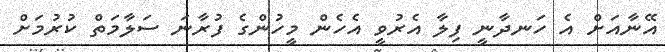
އޭނާއަށް އެ ހަނދާނީ ފިލާ އެރުވީ އެހެން މީހުންގެ ފުރާނަ ސަލާމަތް ކުރުމަށް